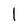
Character: 1